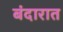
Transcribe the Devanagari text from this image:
बंदारात